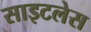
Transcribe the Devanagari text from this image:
साइटलेस